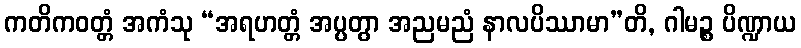
ကတိကဝတ္တံ အကံသု “အရဟတ္တံ အပ္ပတွာ အညမညံ နာလပိဿာမာ”တိ, ဂါမဉ္စ ပိဏ္ဍာယ